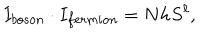
I _ { b o s o n } \cdot I _ { f e r m i o n } = N h S ^ { \ell } ,